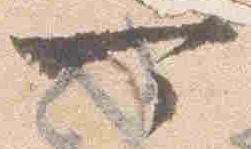
可